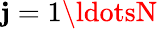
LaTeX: \mathbf{j}=1\ldotsN